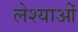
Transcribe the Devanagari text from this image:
लेश्याओं